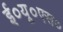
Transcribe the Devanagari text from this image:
ई०यू०एस०